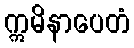
ဣမိနာပေတံ